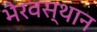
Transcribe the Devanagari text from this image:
भैरवस्थान